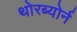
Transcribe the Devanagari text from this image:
थोरब्योर्न